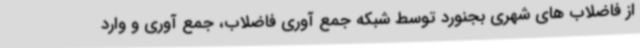
از فاضلاب های شهری بجنورد توسط شبکه جمع آوری فاضلاب، جمع آوری و وارد